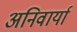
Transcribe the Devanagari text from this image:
अनिवार्या